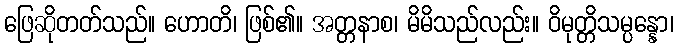
ဖြေဆိုတတ်သည်။ ဟောတိ၊ ဖြစ်၏။ အတ္တနာစ၊ မိမိသည်လည်း။ ဝိမုတ္တိသမ္ပန္နော၊